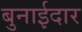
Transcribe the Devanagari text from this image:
बुनाईदार